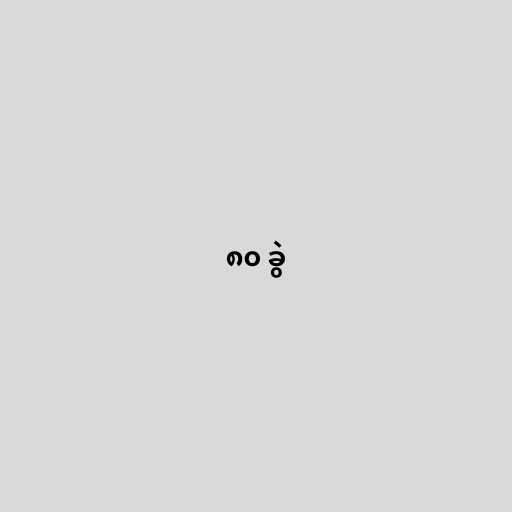
၈၀ ခွဲ